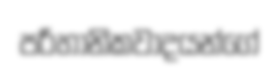
පරිහානිකවාදයන්ගේ